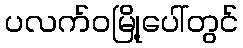
ပလက်ဝမြို့ပေါ်တွင်